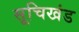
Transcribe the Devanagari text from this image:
सूचिखंड